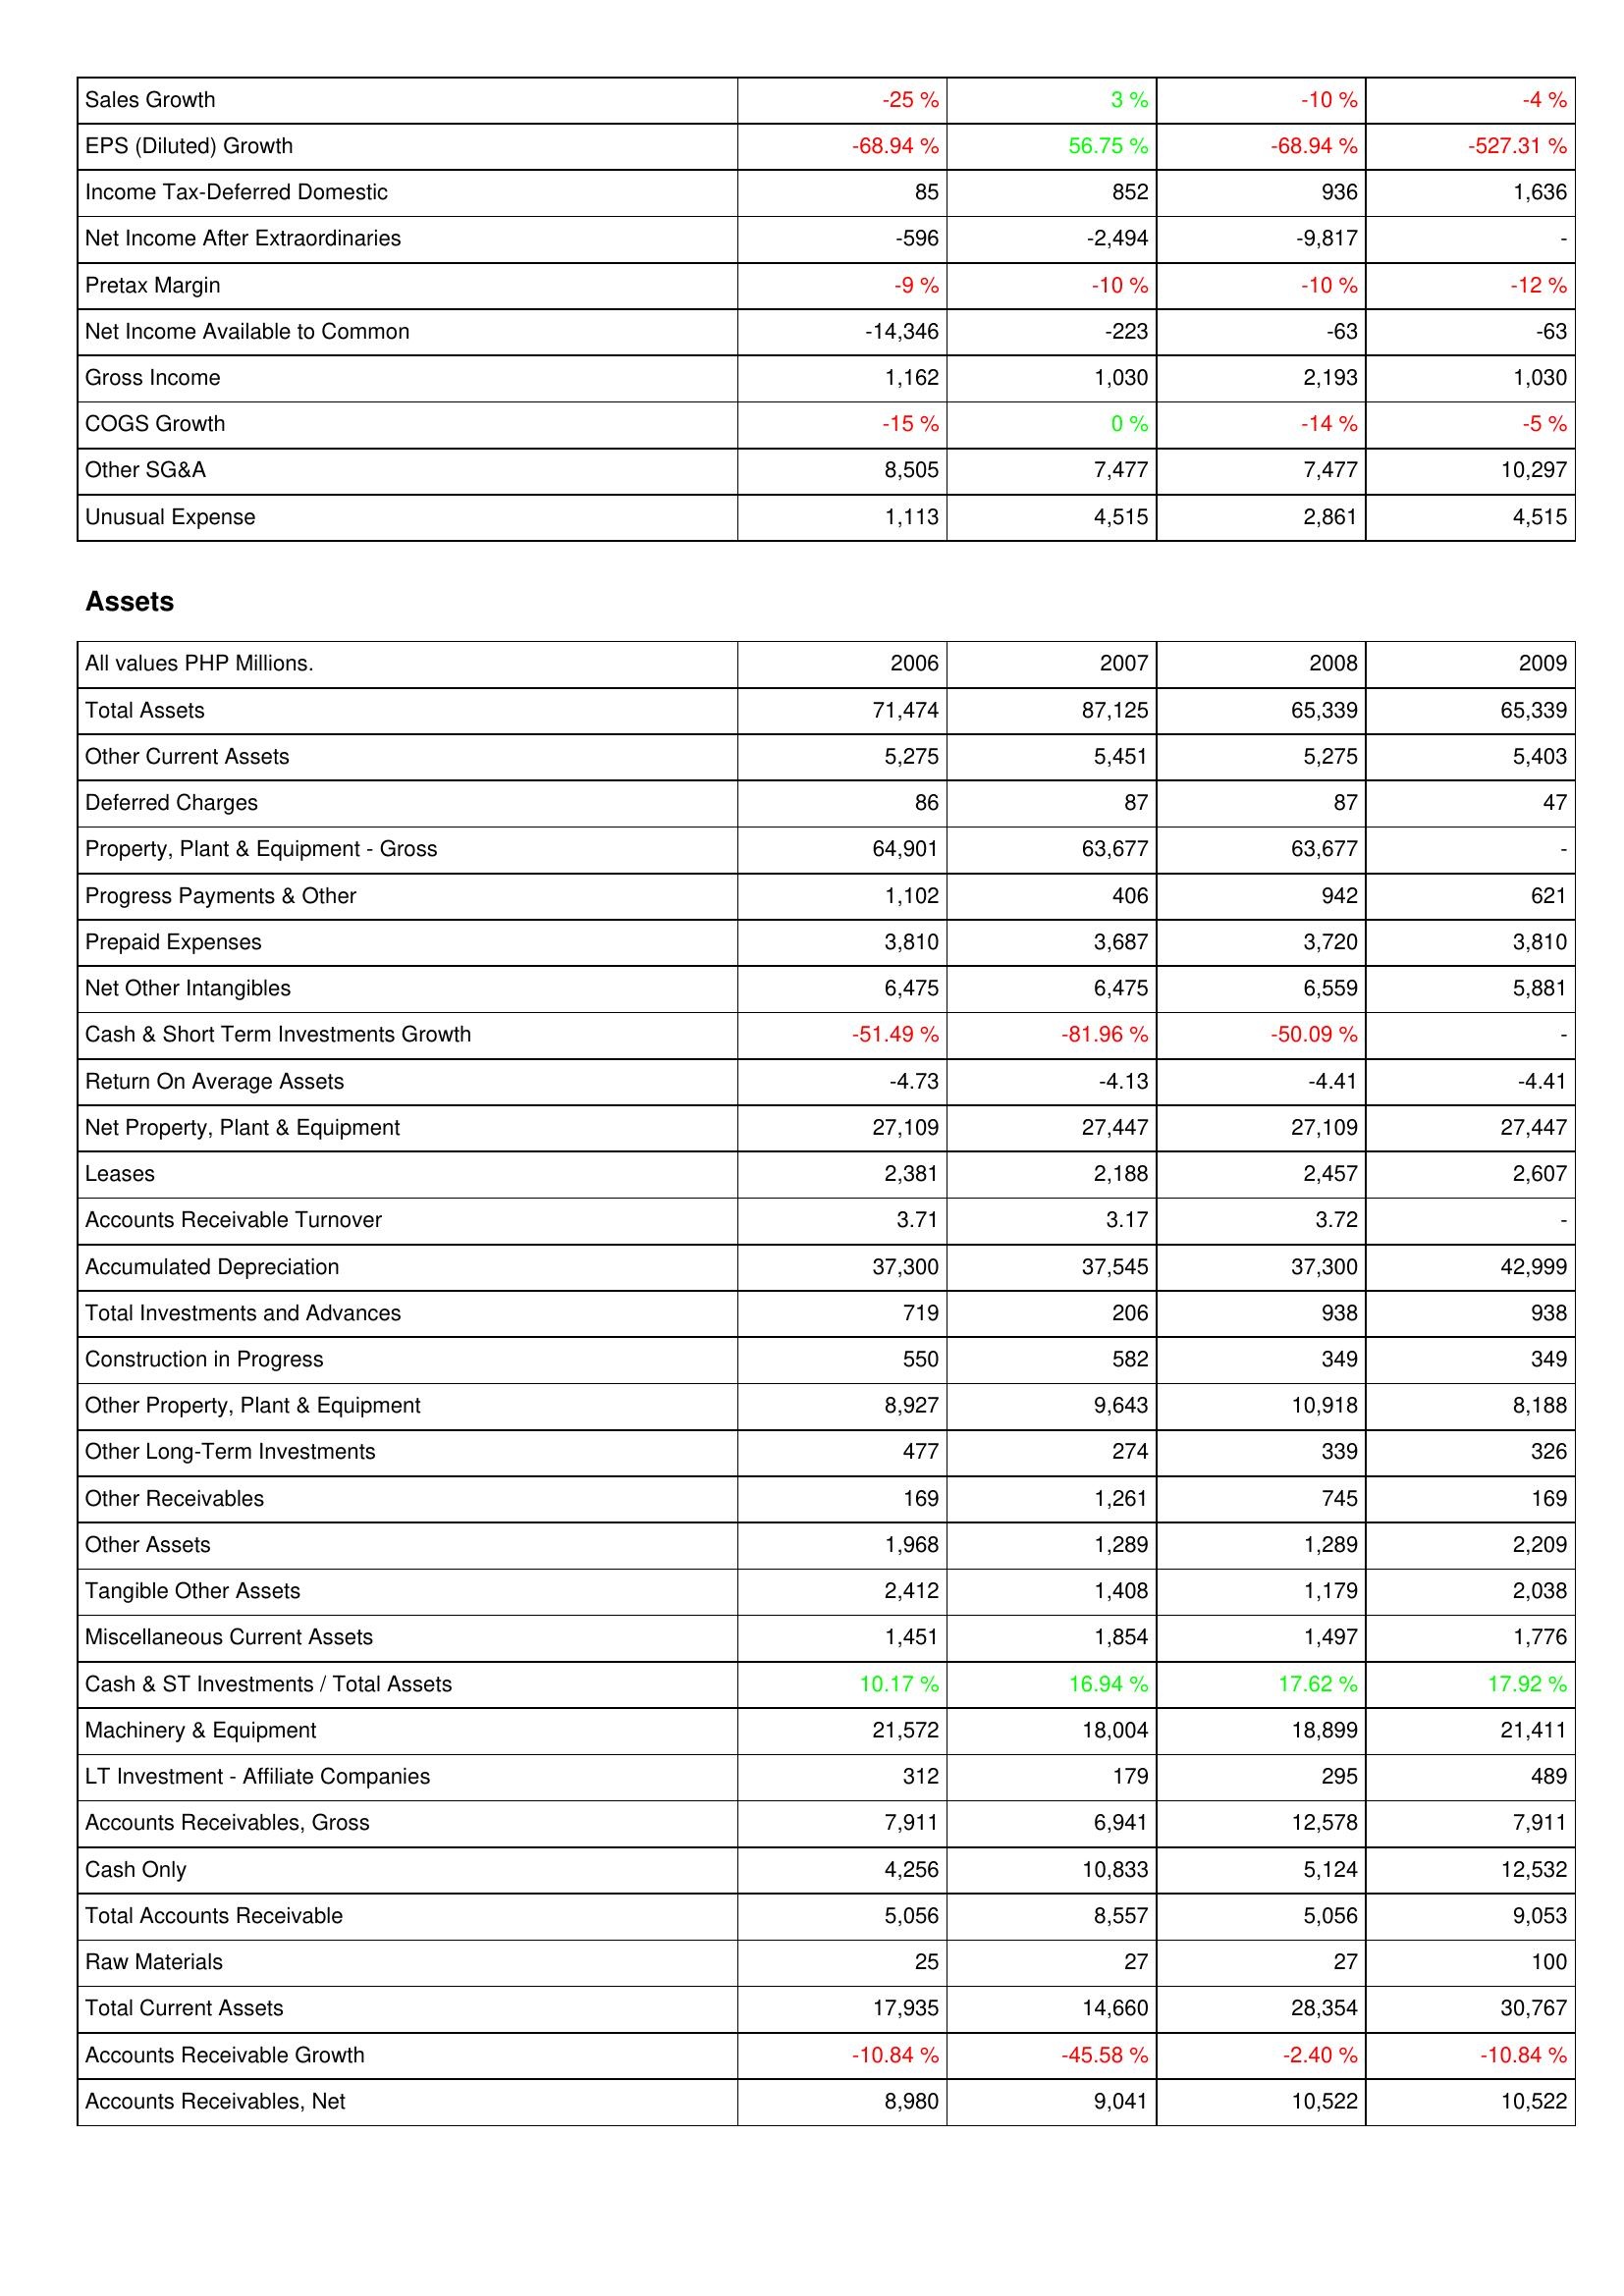
2006: Income Statement: Sales Growth: -25 %
EPS (Diluted) Growth: -68.94 %
Income Tax-Deferred Domestic: 85
Net Income After Extraordinaries: -596
Pretax Margin: -9 %
Net Income Available to Common: -14,346
Gross Income: 1,162
COGS Growth: -15 %
Other SG&A: 8,505
Unusual Expense: 1,113
Assets: Total Assets: 71,474
Other Current Assets: 5,275
Deferred Charges: 86
Property, Plant & Equipment - Gross: 64,901
Progress Payments & Other: 1,102
Prepaid Expenses: 3,810
Net Other Intangibles: 6,475
Cash & Short Term Investments Growth: -51.49 %
Return On Average Assets: -4.73
Net Property, Plant & Equipment: 27,109
Leases: 2,381
Accounts Receivable Turnover: 3.71
Accumulated Depreciation: 37,300
Total Investments and Advances: 719
Construction in Progress: 550
Other Property, Plant & Equipment: 8,927
Other Long-Term Investments: 477
Other Receivables: 169
Other Assets: 1,968
Tangible Other Assets: 2,412
Miscellaneous Current Assets: 1,451
Cash & ST Investments / Total Assets: 10.17 %
Machinery & Equipment: 21,572
LT Investment - Affiliate Companies: 312
Accounts Receivables, Gross: 7,911
Cash Only: 4,256
Total Accounts Receivable: 5,056
Raw Materials: 25
Total Current Assets: 17,935
Accounts Receivable Growth: -10.84 %
Accounts Receivables, Net: 8,980
2007: Income Statement: Sales Growth: 3 %
EPS (Diluted) Growth: 56.75 %
Income Tax-Deferred Domestic: 852
Net Income After Extraordinaries: -2,494
Pretax Margin: -10 %
Net Income Available to Common: -223
Gross Income: 1,030
COGS Growth: 0 %
Other SG&A: 7,477
Unusual Expense: 4,515
Assets: Total Assets: 87,125
Other Current Assets: 5,451
Deferred Charges: 87
Property, Plant & Equipment - Gross: 63,677
Progress Payments & Other: 406
Prepaid Expenses: 3,687
Net Other Intangibles: 6,475
Cash & Short Term Investments Growth: -81.96 %
Return On Average Assets: -4.13
Net Property, Plant & Equipment: 27,447
Leases: 2,188
Accounts Receivable Turnover: 3.17
Accumulated Depreciation: 37,545
Total Investments and Advances: 206
Construction in Progress: 582
Other Property, Plant & Equipment: 9,643
Other Long-Term Investments: 274
Other Receivables: 1,261
Other Assets: 1,289
Tangible Other Assets: 1,408
Miscellaneous Current Assets: 1,854
Cash & ST Investments / Total Assets: 16.94 %
Machinery & Equipment: 18,004
LT Investment - Affiliate Companies: 179
Accounts Receivables, Gross: 6,941
Cash Only: 10,833
Total Accounts Receivable: 8,557
Raw Materials: 27
Total Current Assets: 14,660
Accounts Receivable Growth: -45.58 %
Accounts Receivables, Net: 9,041
2008: Income Statement: Sales Growth: -10 %
EPS (Diluted) Growth: -68.94 %
Income Tax-Deferred Domestic: 936
Net Income After Extraordinaries: -9,817
Pretax Margin: -10 %
Net Income Available to Common: -63
Gross Income: 2,193
COGS Growth: -14 %
Other SG&A: 7,477
Unusual Expense: 2,861
Assets: Total Assets: 65,339
Other Current Assets: 5,275
Deferred Charges: 87
Property, Plant & Equipment - Gross: 63,677
Progress Payments & Other: 942
Prepaid Expenses: 3,720
Net Other Intangibles: 6,559
Cash & Short Term Investments Growth: -50.09 %
Return On Average Assets: -4.41
Net Property, Plant & Equipment: 27,109
Leases: 2,457
Accounts Receivable Turnover: 3.72
Accumulated Depreciation: 37,300
Total Investments and Advances: 938
Construction in Progress: 349
Other Property, Plant & Equipment: 10,918
Other Long-Term Investments: 339
Other Receivables: 745
Other Assets: 1,289
Tangible Other Assets: 1,179
Miscellaneous Current Assets: 1,497
Cash & ST Investments / Total Assets: 17.62 %
Machinery & Equipment: 18,899
LT Investment - Affiliate Companies: 295
Accounts Receivables, Gross: 12,578
Cash Only: 5,124
Total Accounts Receivable: 5,056
Raw Materials: 27
Total Current Assets: 28,354
Accounts Receivable Growth: -2.40 %
Accounts Receivables, Net: 10,522
2009: Income Statement: Sales Growth: -4 %
EPS (Diluted) Growth: -527.31 %
Income Tax-Deferred Domestic: 1,636
Net Income After Extraordinaries: -
Pretax Margin: -12 %
Net Income Available to Common: -63
Gross Income: 1,030
COGS Growth: -5 %
Other SG&A: 10,297
Unusual Expense: 4,515
Assets: Total Assets: 65,339
Other Current Assets: 5,403
Deferred Charges: 47
Property, Plant & Equipment - Gross: -
Progress Payments & Other: 621
Prepaid Expenses: 3,810
Net Other Intangibles: 5,881
Cash & Short Term Investments Growth: -
Return On Average Assets: -4.41
Net Property, Plant & Equipment: 27,447
Leases: 2,607
Accounts Receivable Turnover: -
Accumulated Depreciation: 42,999
Total Investments and Advances: 938
Construction in Progress: 349
Other Property, Plant & Equipment: 8,188
Other Long-Term Investments: 326
Other Receivables: 169
Other Assets: 2,209
Tangible Other Assets: 2,038
Miscellaneous Current Assets: 1,776
Cash & ST Investments / Total Assets: 17.92 %
Machinery & Equipment: 21,411
LT Investment - Affiliate Companies: 489
Accounts Receivables, Gross: 7,911
Cash Only: 12,532
Total Accounts Receivable: 9,053
Raw Materials: 100
Total Current Assets: 30,767
Accounts Receivable Growth: -10.84 %
Accounts Receivables, Net: 10,522